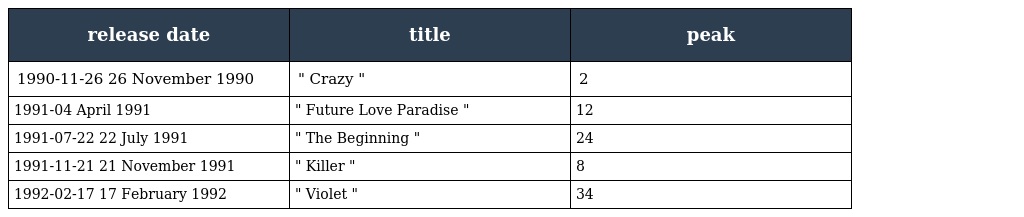
| release date | title | peak |
 | --- | --- | --- |
 | 1990-11-26 26 November 1990 | " Crazy " | 2 |
 | 1991-04 April 1991 | " Future Love Paradise " | 12 |
 | 1991-07-22 22 July 1991 | " The Beginning " | 24 |
 | 1991-11-21 21 November 1991 | " Killer " | 8 |
 | 1992-02-17 17 February 1992 | " Violet " | 34 |